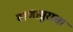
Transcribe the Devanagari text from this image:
बाणासुराचा